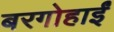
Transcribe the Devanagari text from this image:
बरगोहाईं